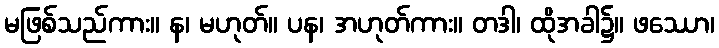
မဖြစ်သည်ကား။ န၊ မဟုတ်။ ပန၊ အဟုတ်ကား။ တဒါ၊ ထိုအခါ၌။ ဖဿော၊